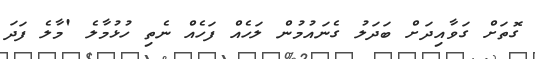
ގޮތަށް ގަވާއިދަށް ބަދަލު ގެނައުމުން ލަހެއް ފަހެއް ނެތި ހުޅުމާލެ 'މާލެ ފަދަ